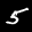
Digit: 5